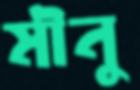
মীনু